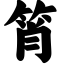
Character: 筲